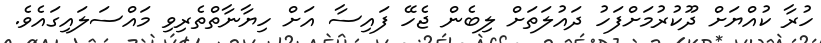
ހުރާ ކުއްޔަށް ދޫކުރުމަށްފަހު ދައުލަތަށް ލިބެން ޖެހޭ ފައިސާ އަށް ހިޔާނާތްތެރިވި މައްސަލައިގައެވެ.